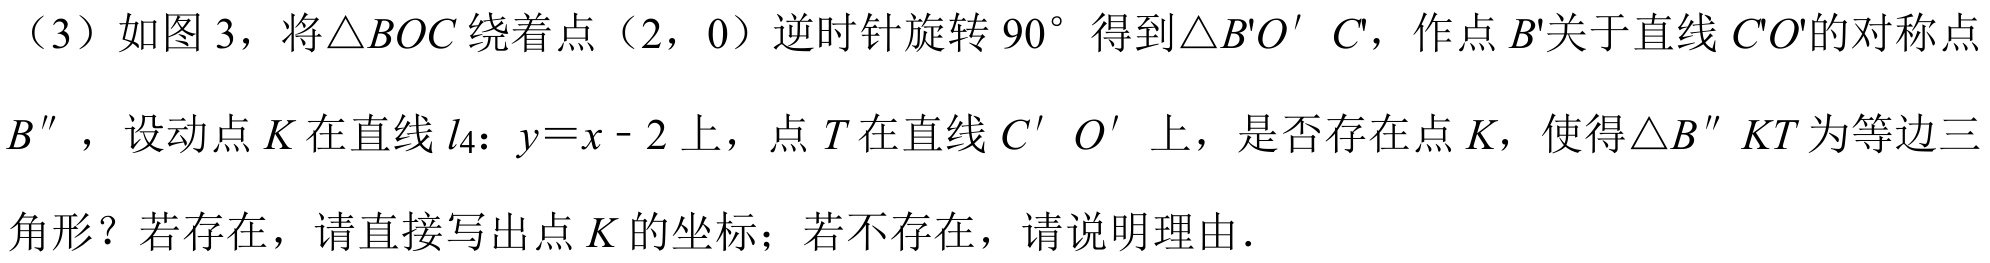
（3）如图 3，将\(\triangle BOC\)绕着点（2，0）逆时针旋转 \(90^{\circ}\) 得到\(\triangle B'O'C'\)，作点 \(B'\)关于直线 \(C'O'\)的对称点 \(B''\)，设动点 \(K\) 在直线 \(l_{4}\)：\(y = x - 2\) 上，点 \(T\) 在直线 \(C'O'\) 上，是否存在点 \(K\)，使得\(\triangle B''KT\)为等边三角形？若存在，请直接写出点 \(K\) 的坐标；若不存在，请说明理由．